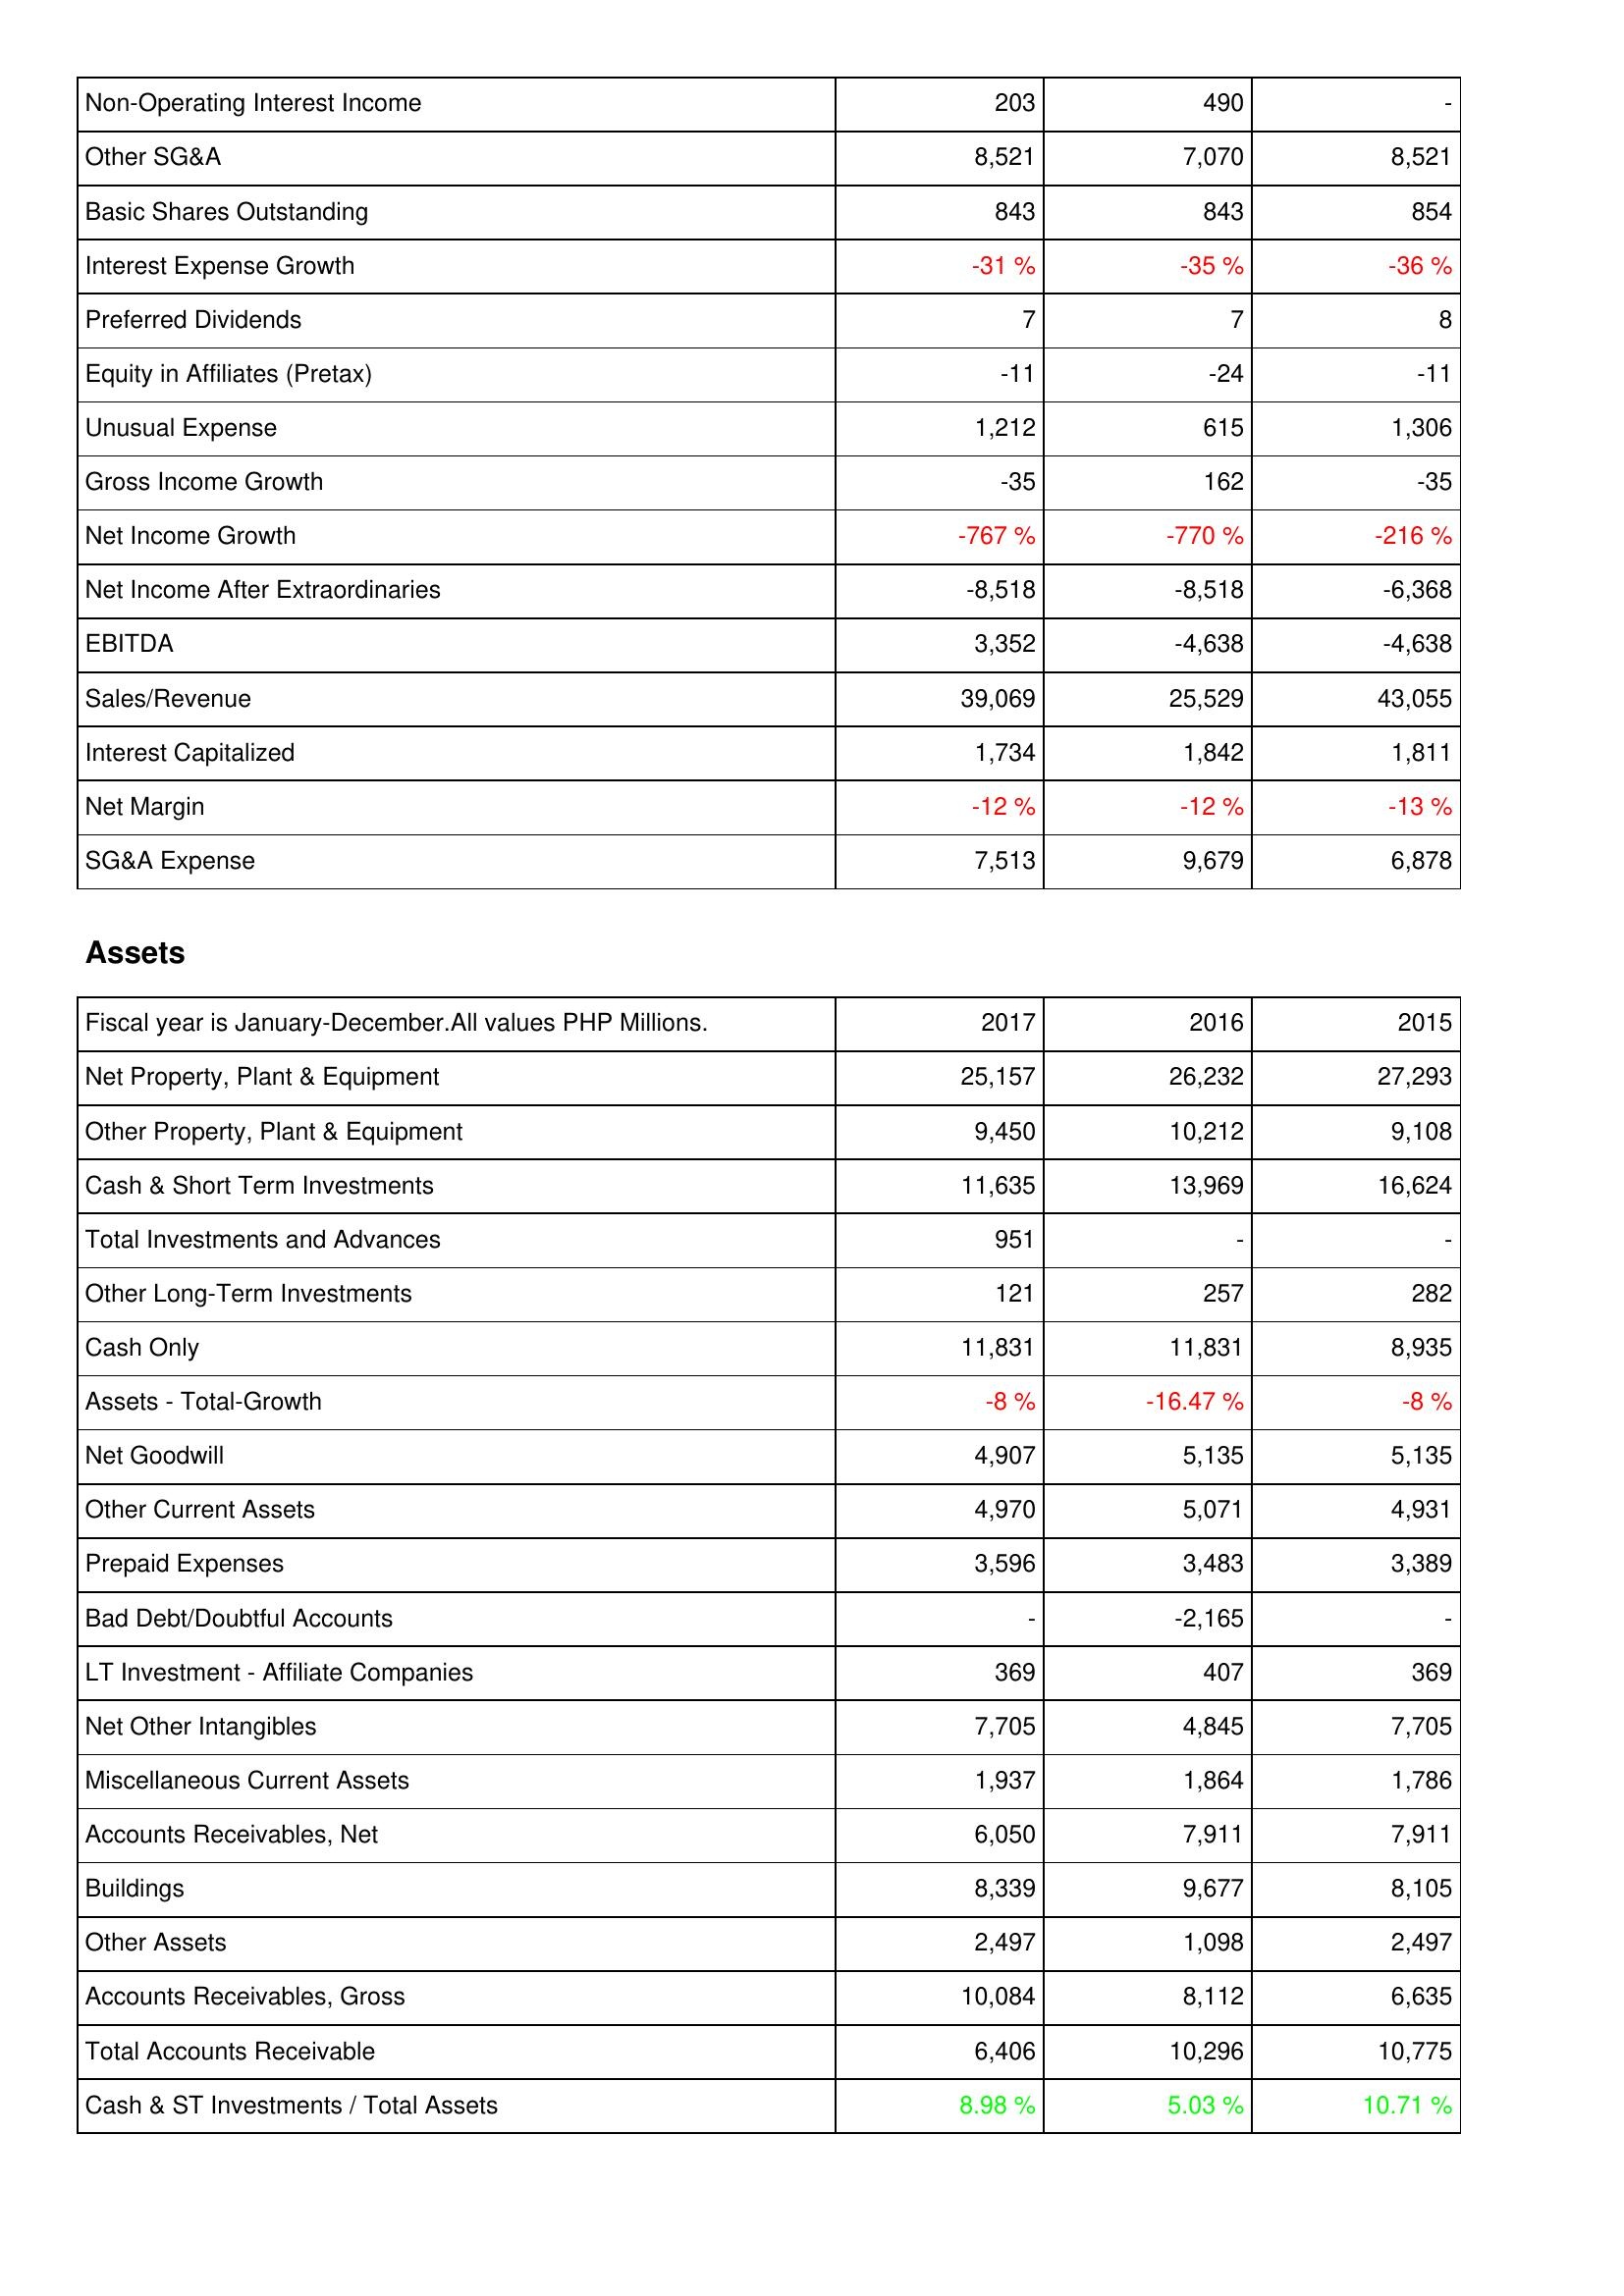
2017: Income Statement: Non-Operating Interest Income: 203
Other SG&A: 8,521
Basic Shares Outstanding: 843
Interest Expense Growth: -31 %
Preferred Dividends: 7
Equity in Affiliates (Pretax): -11
Unusual Expense: 1,212
Gross Income Growth: -35
Net Income Growth: -767 %
Net Income After Extraordinaries: -8,518
EBITDA: 3,352
Sales/Revenue: 39,069
Interest Capitalized: 1,734
Net Margin: -12 %
SG&A Expense: 7,513
Assets: Net Property, Plant & Equipment: 25,157
Other Property, Plant & Equipment: 9,450
Cash & Short Term Investments: 11,635
Total Investments and Advances: 951
Other Long-Term Investments: 121
Cash Only: 11,831
Assets - Total-Growth: -8 %
Net Goodwill: 4,907
Other Current Assets: 4,970
Prepaid Expenses: 3,596
Bad Debt/Doubtful Accounts: -
LT Investment - Affiliate Companies: 369
Net Other Intangibles: 7,705
Miscellaneous Current Assets: 1,937
Accounts Receivables, Net: 6,050
Buildings: 8,339
Other Assets: 2,497
Accounts Receivables, Gross: 10,084
Total Accounts Receivable: 6,406
Cash & ST Investments / Total Assets: 8.98 %
2016: Income Statement: Non-Operating Interest Income: 490
Other SG&A: 7,070
Basic Shares Outstanding: 843
Interest Expense Growth: -35 %
Preferred Dividends: 7
Equity in Affiliates (Pretax): -24
Unusual Expense: 615
Gross Income Growth: 162
Net Income Growth: -770 %
Net Income After Extraordinaries: -8,518
EBITDA: -4,638
Sales/Revenue: 25,529
Interest Capitalized: 1,842
Net Margin: -12 %
SG&A Expense: 9,679
Assets: Net Property, Plant & Equipment: 26,232
Other Property, Plant & Equipment: 10,212
Cash & Short Term Investments: 13,969
Total Investments and Advances: -
Other Long-Term Investments: 257
Cash Only: 11,831
Assets - Total-Growth: -16.47 %
Net Goodwill: 5,135
Other Current Assets: 5,071
Prepaid Expenses: 3,483
Bad Debt/Doubtful Accounts: -2,165
LT Investment - Affiliate Companies: 407
Net Other Intangibles: 4,845
Miscellaneous Current Assets: 1,864
Accounts Receivables, Net: 7,911
Buildings: 9,677
Other Assets: 1,098
Accounts Receivables, Gross: 8,112
Total Accounts Receivable: 10,296
Cash & ST Investments / Total Assets: 5.03 %
2015: Income Statement: Non-Operating Interest Income: -
Other SG&A: 8,521
Basic Shares Outstanding: 854
Interest Expense Growth: -36 %
Preferred Dividends: 8
Equity in Affiliates (Pretax): -11
Unusual Expense: 1,306
Gross Income Growth: -35
Net Income Growth: -216 %
Net Income After Extraordinaries: -6,368
EBITDA: -4,638
Sales/Revenue: 43,055
Interest Capitalized: 1,811
Net Margin: -13 %
SG&A Expense: 6,878
Assets: Net Property, Plant & Equipment: 27,293
Other Property, Plant & Equipment: 9,108
Cash & Short Term Investments: 16,624
Total Investments and Advances: -
Other Long-Term Investments: 282
Cash Only: 8,935
Assets - Total-Growth: -8 %
Net Goodwill: 5,135
Other Current Assets: 4,931
Prepaid Expenses: 3,389
Bad Debt/Doubtful Accounts: -
LT Investment - Affiliate Companies: 369
Net Other Intangibles: 7,705
Miscellaneous Current Assets: 1,786
Accounts Receivables, Net: 7,911
Buildings: 8,105
Other Assets: 2,497
Accounts Receivables, Gross: 6,635
Total Accounts Receivable: 10,775
Cash & ST Investments / Total Assets: 10.71 %